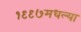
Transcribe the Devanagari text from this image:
१९९७मधल्या